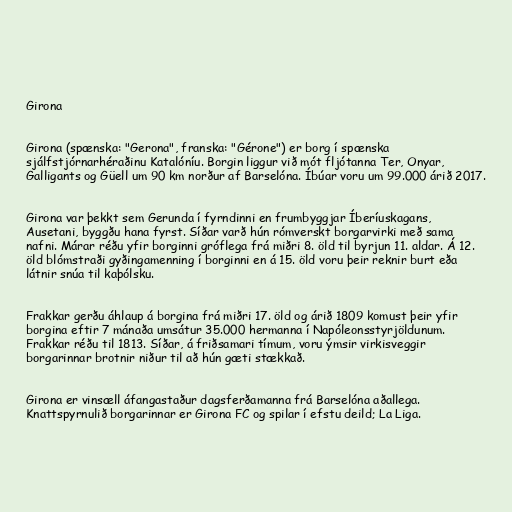
Girona

Girona (spænska: "Gerona", franska: "Gérone") er borg í spænska
sjálfstjórnarhéraðinu Katalóníu. Borgin liggur við mót fljótanna Ter, Onyar,
Galligants og Güell um 90 km norður af Barselóna. Íbúar voru um 99.000 árið 2017.

Girona var þekkt sem Gerunda í fyrndinni en frumbyggjar Íberíuskagans,
Ausetani, byggðu hana fyrst. Síðar varð hún rómverskt borgarvirki með sama
nafni. Márar réðu yfir borginni gróflega frá miðri 8. öld til byrjun 11. aldar. Á 12.
öld blómstraði gyðingamenning í borginni en á 15. öld voru þeir reknir burt eða
látnir snúa til kaþólsku.

Frakkar gerðu áhlaup á borgina frá miðri 17. öld og árið 1809 komust þeir yfir
borgina eftir 7 mánaða umsátur 35.000 hermanna í Napóleonsstyrjöldunum.
Frakkar réðu til 1813. Síðar, á friðsamari tímum, voru ýmsir virkisveggir
borgarinnar brotnir niður til að hún gæti stækkað.

Girona er vinsæll áfangastaður dagsferðamanna frá Barselóna aðallega.
Knattspyrnulið borgarinnar er Girona FC og spilar í efstu deild; La Liga.